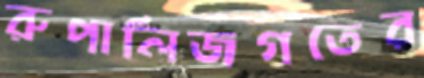
রুপালিজগতের